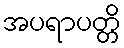
အပရာပတ္တိ